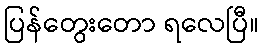
ပြန်တွေးတော ရလေပြီ။